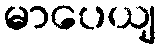
မာပေယျ